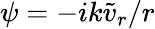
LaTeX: \psi=-ik\tilde{v}_{r}/r